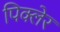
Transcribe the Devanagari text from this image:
पिक्लेर